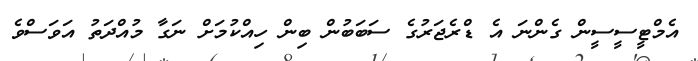
އެމްޓީސީސީން ގެންނަ އެ ޑްރެޖަރުގެ ސަބަބުން ބިން ހިއްކުމަށް ނަގާ މުއްދަތު އަވަސްވެ